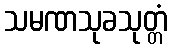
သမဏသုခသုတ္တံ